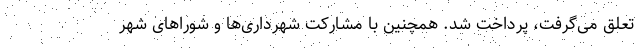
تعلق می‌گرفت، پرداخت شد. همچنین با مشارکت شهرداری‌ها و شوراهای شهر